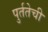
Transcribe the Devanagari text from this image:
पुर्ततेची